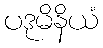
ပဒုမိနိယံ